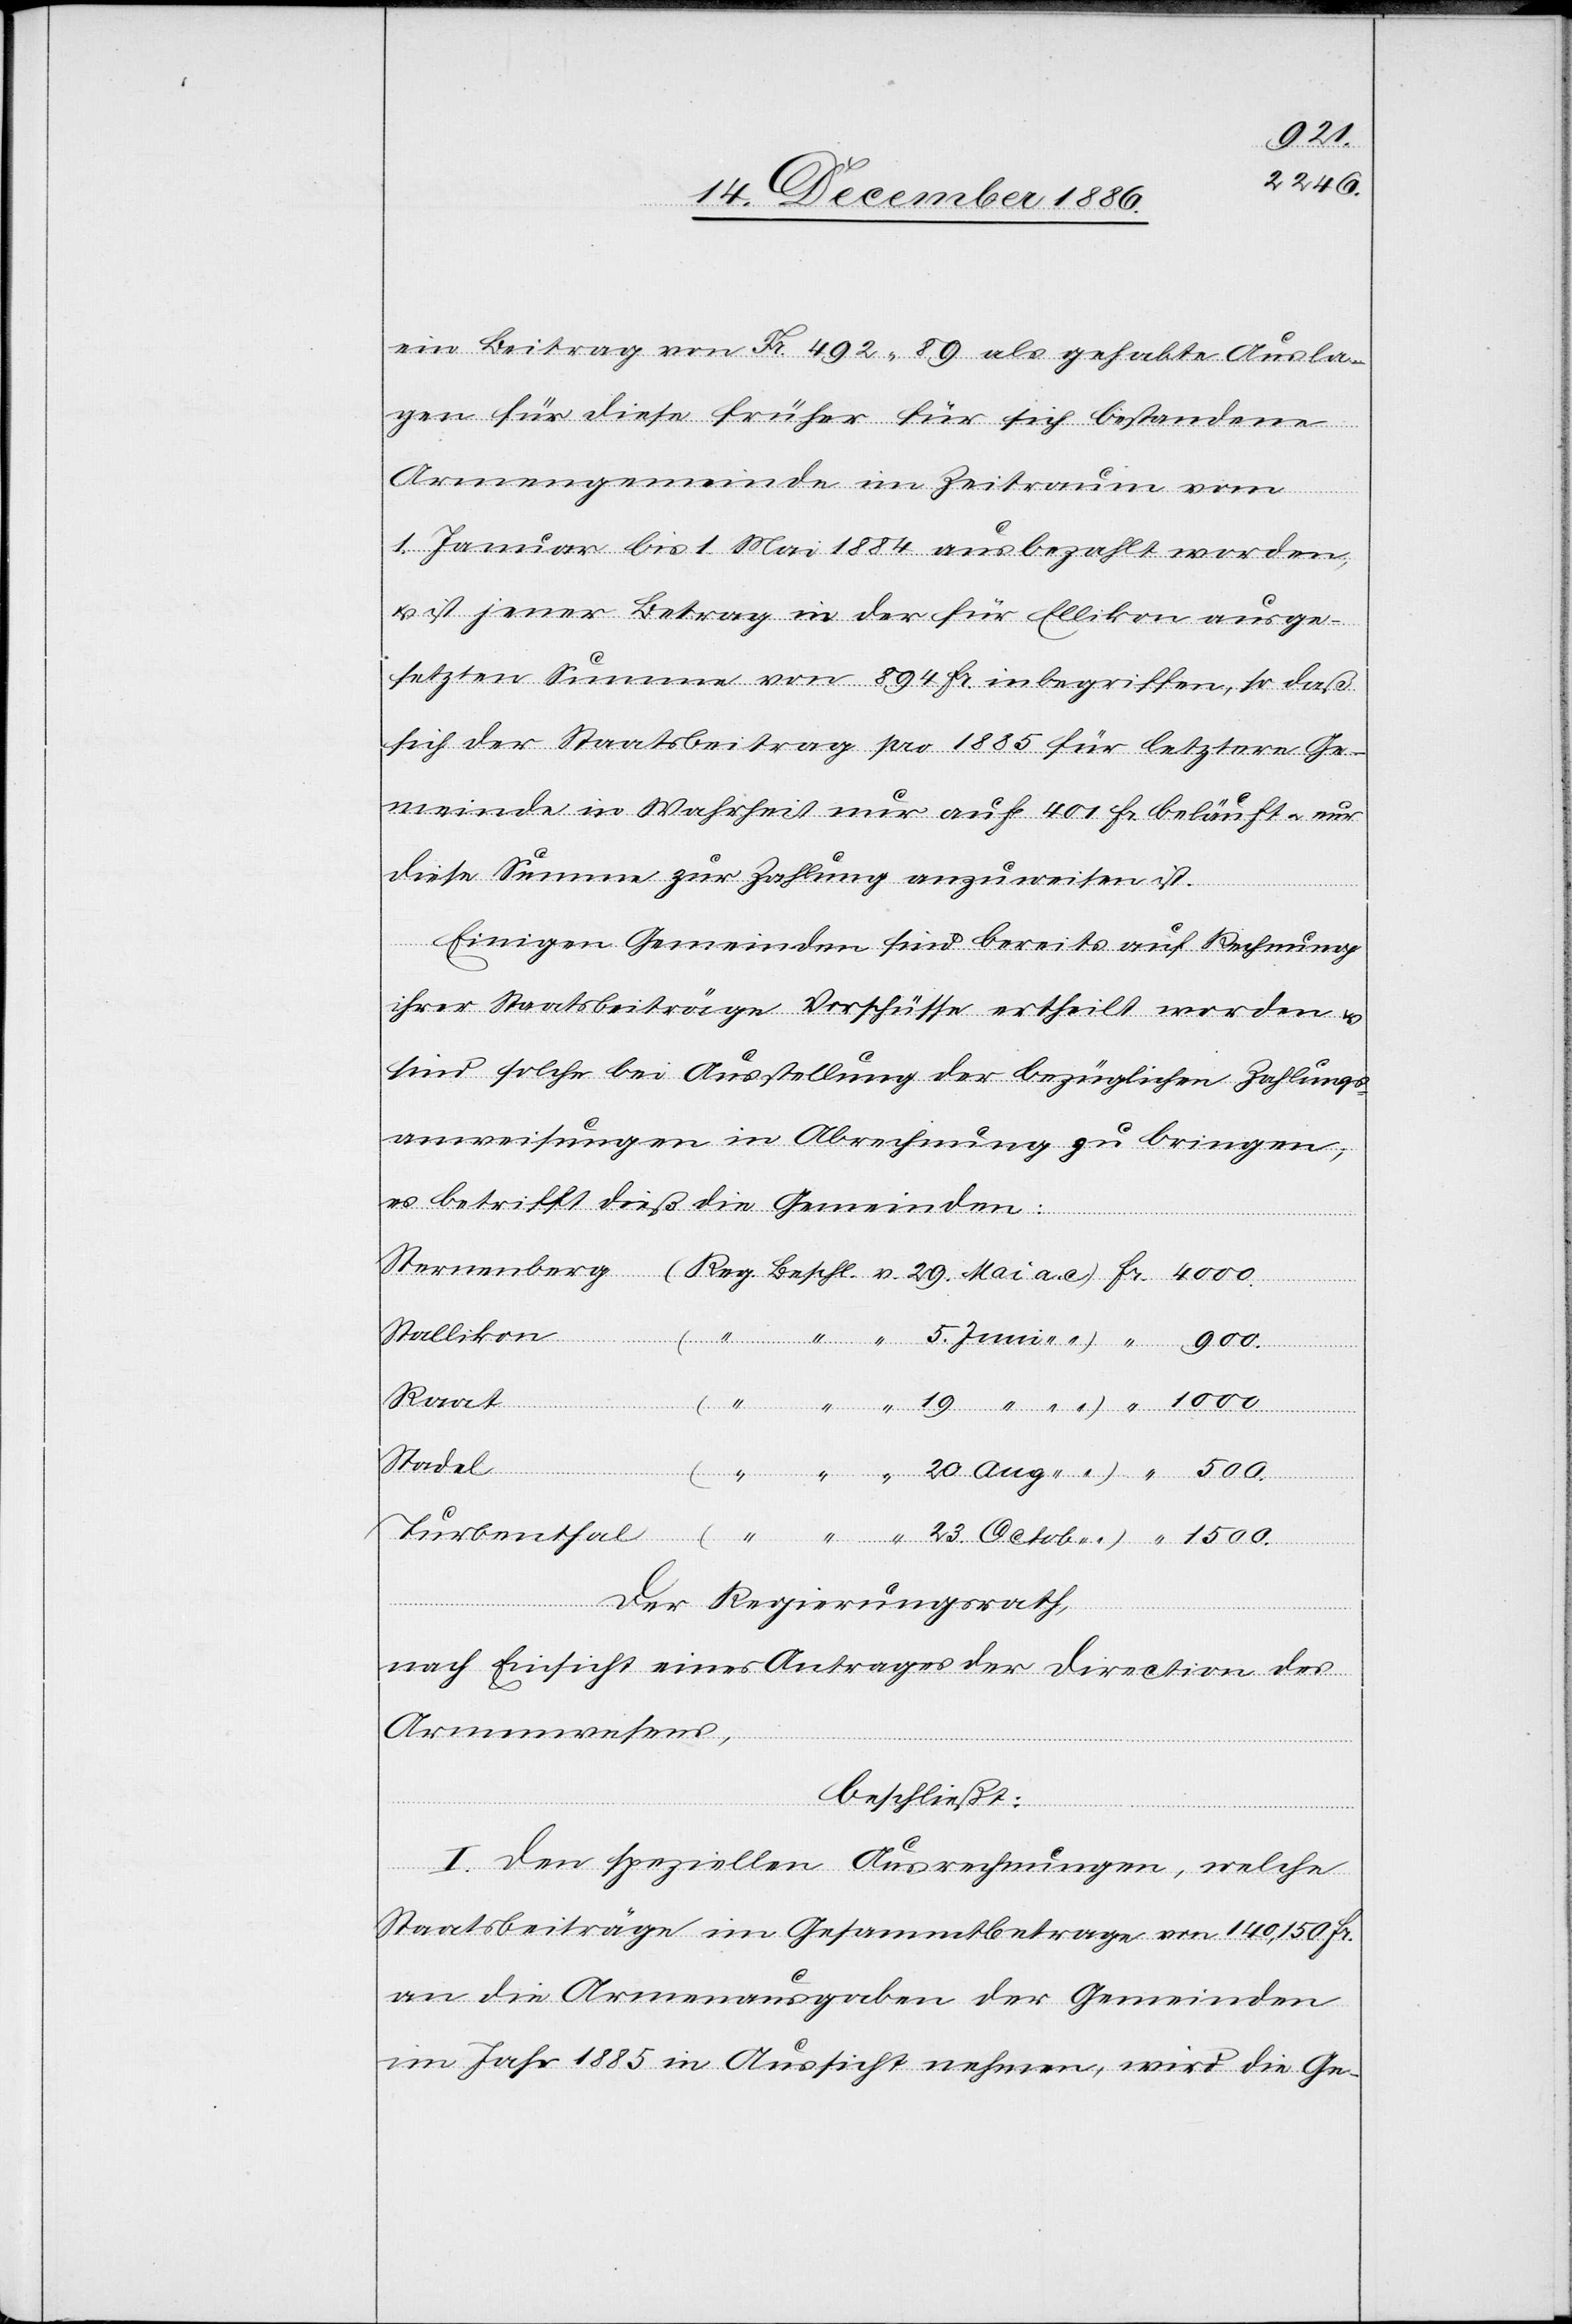
ein Beitrag von Fr. 492 89 als gehabte Ausla¬
gen für diese früher für sich bestandene
Armengemeinde im Zeitraum vom
1. Januar bis 1. Mai 1884 ausbezahlt worden,
& ist jener Betrag in der für Ellikon ausge¬
setzten Summe von 894 Fr. inbegriffen, so daß
sich der Staatsbeitrag pro 1885 für letztere Ge¬
meinde in Wahrheit nur auf 401 Fr. beläuft & nur
diese Summe zur Zahlung anzuweisen ist.
Einigen Gemeinden sind bereits auf Rechnung
ihrer Staatsbeiträge Vorschüsse ertheilt worden &
sind solche bei Ausstellung der bezüglichen Zahlungs¬
anweisungen in Abrechnung zu bringen;
es betrifft dieß die Gemeinden:
5.
Stallikon
Raat
1500.
“
Stadel
Der Regierungsrath,
nach Einsicht eines Antrages der Direction des
Armenwesens,
beschließt:
Stern¬
I. Den speziellen Ausrechnungen, welche
Staatsbeiträge im Gesammtbetrage von 140,150 Fr.
an die Armenausgaben der Gemeinden
im Jahr 1885 in Aussicht nehmen, wird die Ge-